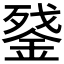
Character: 𰼵